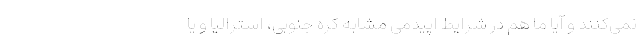
نمی‌کنند و آیا ما هم در شرایط اپیدمی مشابه کره جنوبی، استرالیا و یا